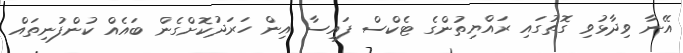
އޭނާ ވިދާޅުވި ގޮތުގައި ރައްޔިތުންގެ ޓެކްސް ފައިސާ އިން ހަރަދުކޮށްގެން ބައެއް ކުންފުނިތައް